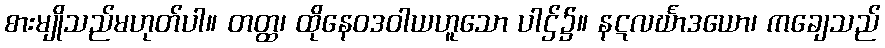
စားမျိုသည်မဟုတ်ပါ။ တတ္ထ၊ ထိုနေဝဒဝါယဟူသော ပါဌ်၌။ နဋလင်္ဃာဒယော၊ ကချေသည်